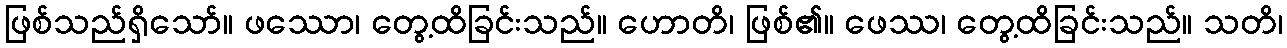
ဖြစ်သည်ရှိသော်။ ဖဿော၊ တွေ့ထိခြင်းသည်။ ဟောတိ၊ ဖြစ်၏။ ဖေဿ၊ တွေ့ထိခြင်းသည်။ သတိ၊